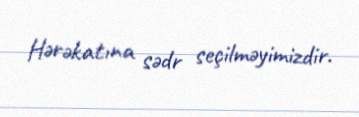
Hərəkatına sədr seçilməyimizdir.